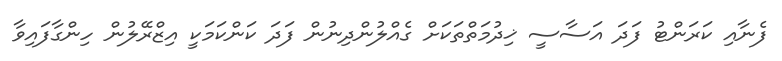
ފެނާއި ކަރަންޓު ފަދަ އަސާސީ ޚިދުމަތްތަކަށް ގެއްލުންދިނުން ފަދަ ކަންކަމަކީ އިޒްރޭލުން ހިންގާފައިވާ